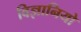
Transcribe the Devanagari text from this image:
विज्ञानियो